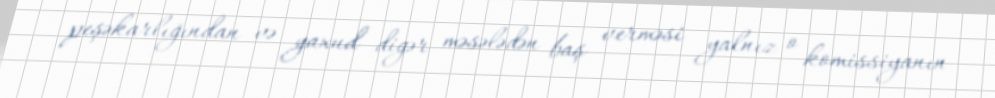
peşəkarlığından və yaxud digər məsələdən baş verməsi yalnız o komissiyanın